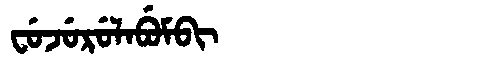
Manchu: ᠸᡠᠵᡠᡵᡠᠯᠠᠪᡠᠮᠪᡳ
Romanization: FUJURULABUMBI